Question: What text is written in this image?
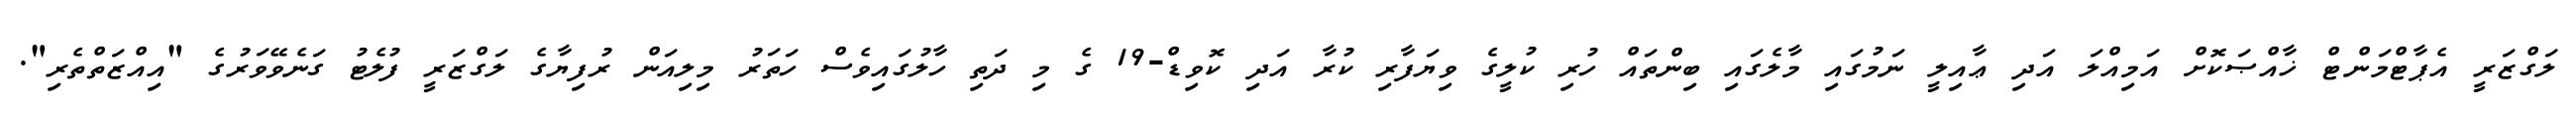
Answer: ލަގްޒަރީ އެޕާޓްމަންޓް ޚާއްޞަކޮށް އަމިއްލަ އަދި ޢާއިލީ ނަމުގައި މާލެގައި ބިންތައް ހުރި ކުލީގެ ވިޔަފާރި ކުރާ އަދި ކޮވިޑް-19 ގެ މި ދަތި ހާލުގައިވެސް ހަތަރު މިލިއަން ރުފިޔާގެ ލަގްޒަރީ ފުލެޓު ގަނެވޭވަރުގެ "އިއްޒަތްތެރި".